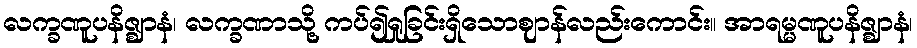
လက္ခဏူပနိဇ္ဈာနံ၊ လက္ခဏာသို့ ကပ်၍ရှုခြင်းရှိသောဈာန်လည်းကောင်း။ အာရမ္မဏူပနိဇ္ဈာနံ၊